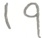
1 9